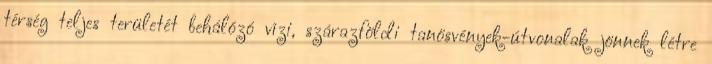
térség teljes területét behálózó vízi, szárazföldi tanösvények-útvonalak jönnek létre